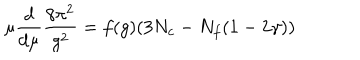
LaTeX: \mu \frac { d } { d \mu } \frac { 8 \pi ^ { 2 } } { g ^ { 2 } } = f ( g ) ( 3 N _ { c } - N _ { f } ( 1 - 2 \gamma ) )